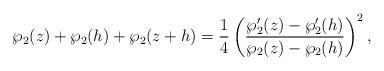
LaTeX: \begin{gather*}\wp_{2}(z)+\wp_{2}(h)+\wp_{2}(z+h)=\frac{1}{4} \left(\frac{\wp_{2}'(z)-\wp_{2}'(h)}{\wp_{2}(z)-\wp_{2}(h)}\right)^{2},\end{gather*}